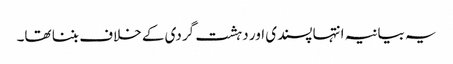
یہ بیانیہ انتہا پسندی اور دہشت گردی کے خلاف بننا تھا۔